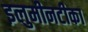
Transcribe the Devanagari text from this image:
इलुमीनटीका